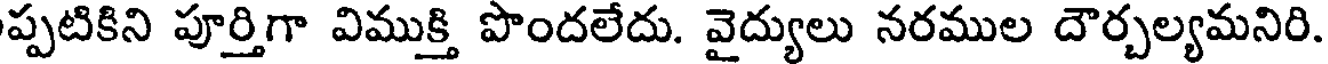
ప్పటికిని పూర్తిగా విముక్తి పొందలేదు. వైద్యులు నరముల దౌర్చల్యమనిరి.